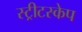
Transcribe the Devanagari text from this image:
स्ट्रीटस्केप